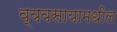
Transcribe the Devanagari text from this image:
व्यवसायामधील